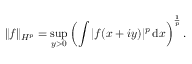
\| f \| _ { H ^ { p } } = \operatorname* { s u p } _ { y > 0 } \left( \int | f ( x + i y ) | ^ { p } \, \mathrm { d } x \right) ^ { \frac { 1 } { p } } .